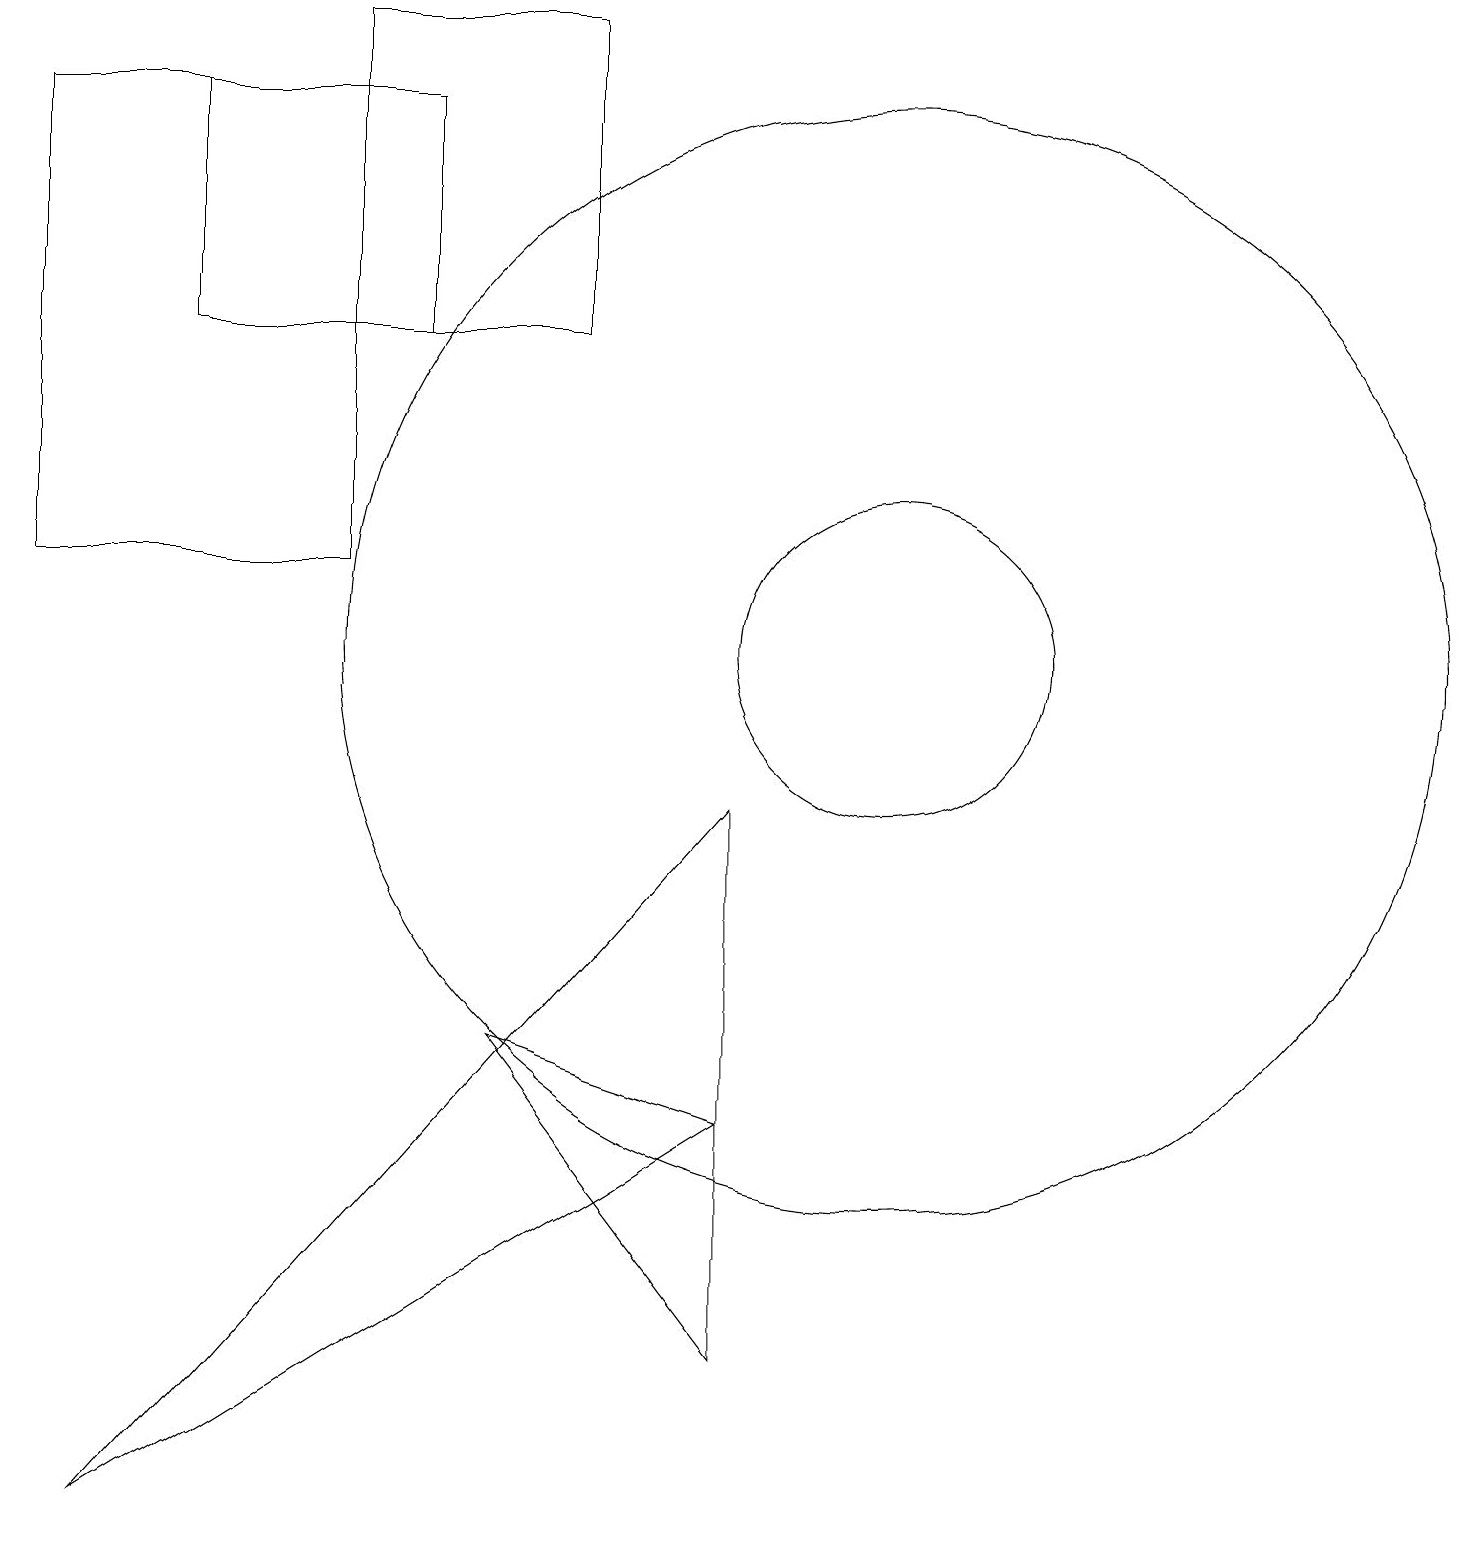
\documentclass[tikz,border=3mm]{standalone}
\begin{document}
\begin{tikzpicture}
\draw (11,11) circle (2);
\draw (0,18) rectangle (4,12);
\draw (9,9) -- (1,0) -- (9,5) -- cycle;
\draw (2,18) rectangle (5,15);
\draw (11,11) circle (7);
\draw (6,6) -- (9,5) -- (9,2) -- cycle;
\draw (7,19) rectangle (4,15);
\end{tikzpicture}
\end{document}